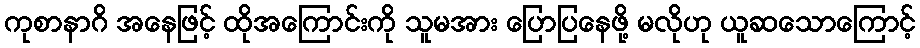
ကုစာနာဂိ အနေဖြင့် ထိုအကြောင်းကို သူမအား ပြောပြနေဖို့ မလိုဟု ယူဆသောကြောင့်